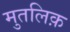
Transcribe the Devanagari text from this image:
मुतलिक़